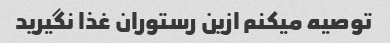
توصیه میکنم ازین رستوران غذا نگیرید